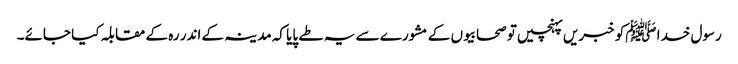
رسول خدا ﷺکو خبریں پہنچیں تو صحابیوں کے مشورے سے یہ طے پایا کہ مدینہ کے اندر رہ کے مقابلہ کیا جائے۔